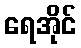
ရေအိုင်